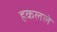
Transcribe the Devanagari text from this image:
हकलले